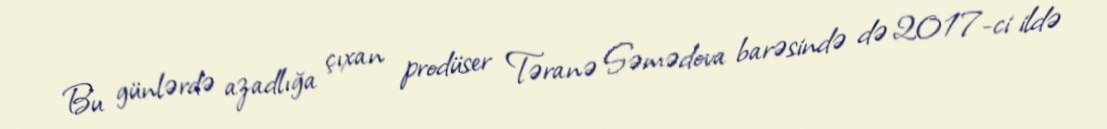
Bu günlərdə azadlığa çıxan prodüser Təranə Səmədova barəsində də 2017-ci ildə